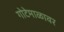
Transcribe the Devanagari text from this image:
गोटेमाळावर